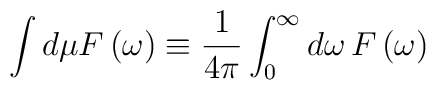
\int d\mu F\left( \omega \right)\equiv\frac{1}{4{\pi}}\int_0^{\infty}d\omega\, F\left(\omega \right)